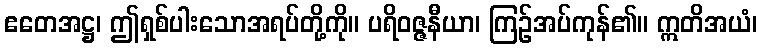
ဧတေအဋ္ဌ၊ ဤရှစ်ပါးသောအရပ်တို့ကို။ ပရိဝဇ္ဇနီယာ၊ ကြဉ်အပ်ကုန်၏။ ဣတိအယံ၊